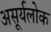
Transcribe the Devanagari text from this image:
असूर्यलोक